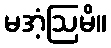
မအံ့ဩမိ။